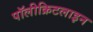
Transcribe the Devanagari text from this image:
पॉलीक्रिटलाइन